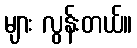
များ လွန်းတယ်။